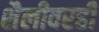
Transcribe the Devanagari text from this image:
शैलीवरही